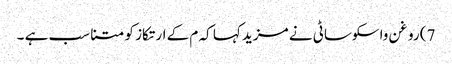
7) روغن واسکوساٹی نے مزید کہا کہ م کے ارتکاز کو متناسب ہے ۔